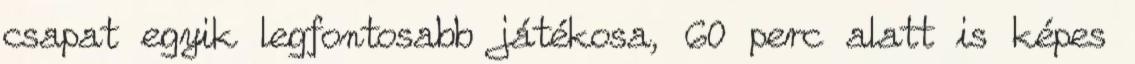
csapat egyik legfontosabb játékosa, 60 perc alatt is képes